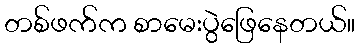
တစ်ဖက်က စာမေးပွဲဖြေနေတယ်။